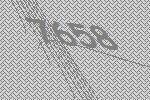
7658